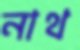
নাথ